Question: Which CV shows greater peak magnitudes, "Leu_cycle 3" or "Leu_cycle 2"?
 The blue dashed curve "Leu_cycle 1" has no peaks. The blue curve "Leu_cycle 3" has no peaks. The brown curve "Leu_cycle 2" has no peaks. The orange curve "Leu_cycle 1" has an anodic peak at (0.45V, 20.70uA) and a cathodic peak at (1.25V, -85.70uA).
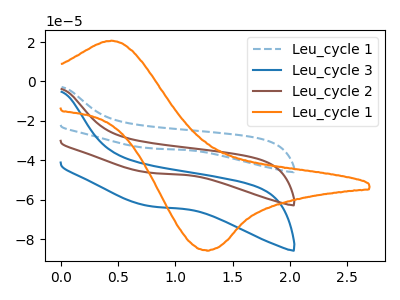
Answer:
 <answer>Niether CV has any peaks.</answer>
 <eval>blanks</eval>